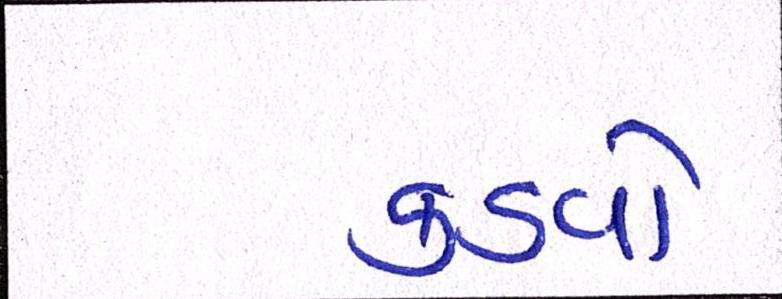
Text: કડવો